system: You are a helpful assistant.
user:
Analyze the provided spectrum to determine if it is a **White Dwarf (WD)**.

A White Dwarf spectrum is defined by its **extreme purity** (due to gravitational settling) and/or **extreme pressure broadening** (due to high surface gravity). You must check for one of the following mutually exclusive signatures:

- **Key Visual Indicators (Check for ONE of these types):**

    - **1. DA-Type Signature (Most Common):**
        - **(Primary Feature):** Extreme pressure broadening (Stark broadening) of the **Hydrogen (H) Balmer lines**.
        - **(Key Lines):** $H\beta$ (approx. $4861$ Å) and $H\gamma$ (approx. $4340$ Å). $H\alpha$ (approx. $6563$ Å) will also be present if the wavelength range covers it.
        - **(Line Profile):** This is the **defining feature**. The lines are **NOT** sharp. They appear as massive, **extremely broad and deep "troughs" or "dips"** in the spectrum, often hundreds of Ångströms wide. The continuum will appear to "scoop" down at these wavelengths.
        - **(Distinction):** Normal A-type or B-type stars have *narrow* and *sharp* Hydrogen lines. A DA White Dwarf's lines are unmistakably "smeared" or "blurry" from pressure.

    - **2. DB-Type Signature:**
        - **(Primary Feature):** Broad absorption lines from **Neutral Helium (He I)**. The spectrum must lack any visible Hydrogen lines.
        - **(Key Lines):** Look for broad absorption near $4471$ Å, $4921$ Å, and $5876$ Å.
        - **(Line Profile):** These lines are also significantly pressure-broadened, appearing much wider than they would in a normal B-type main-sequence star.

    - **3. DC-Type Signature:**
        - **(Primary Feature):** A **featureless continuous spectrum**.
        - **(Line Profile):** The spectrum is a smooth curve with **no significant absorption or emission lines**.
        - **(Key Confirmation):** The continuum is almost always **blue or white**, indicating a hot object. This signature implies the atmosphere is so pure (or so cool) that no spectral lines are visible in the optical range. Its WD identity is confirmed by its extremely low intrinsic brightness (high absolute magnitude).

    - **4. DZ-Type Signature (Metal-Polluted):**
        - **(Primary Feature):** **Isolated, narrow metal absorption lines** on an otherwise featureless (DC-like) continuum.
        - **(Key Lines):** The **Calcium (Ca II) H & K doublet** (approx. **$3934$ Å** and **$3968$ Å**) is the most common and defining feature.
        - **(Line Profile):** These lines are "out of place." They are *not* part of a "forest" of thousands of lines. This signature is evidence of recent *accretion* (pollution) from rocky debris.
        - **(Distinction):** Normal G/K/M stars have a *dense forest* of thousands of metal lines. A DZ has a *clean* continuum with *only a few* strong metal lines.

    - **5. DQ-Type Signature (Carbon-Polluted):**
        - **(Primary Feature):** Absorption bands from **Carbon (C₂ "Swan Bands" or atomic C I)**.
        - **(Key Lines - C₂):** Look for bandheads with a "saw-tooth" shape near $5635$ Å, **$5165$ Å** (strongest), and $4737$ Å.
        - **(Key Confirmation):** The underlying **continuum must be blue or white** (hot).
        - **(Distinction):** This is the critical difference from a **Carbon Star**, which has the *exact same* C₂ bands but on an extremely **red, cool** continuum.

- **(Overall Spectrum):**
    - The continuum (overall shape) is typically **blue-sloping** (brighter in the blue than the red), as most white dwarfs are very hot.
    - The spectrum will look "pure" or "simple," dominated by only *one* of the five signatures listed above.

Think first, call **spectral_visualization_tool** if needed to examine features in detail, then provide your final answer. Your response must adhere to the following strict rules:
1.  **Overall Structure:** Your response must follow the format `<think>...</think> <tool_call>...</tool_call> (if a tool is used) <answer>...</answer>`.
2.  **Tool Usage Constraint:** You may only make **one** tool call per turn.
3.  **Final Answer Format:** In the `<answer>` tag, your conclusion must be inside a `\boxed{}` command (e.g., `\boxed{YES}` or `\boxed{NO}`), followed by your justification.

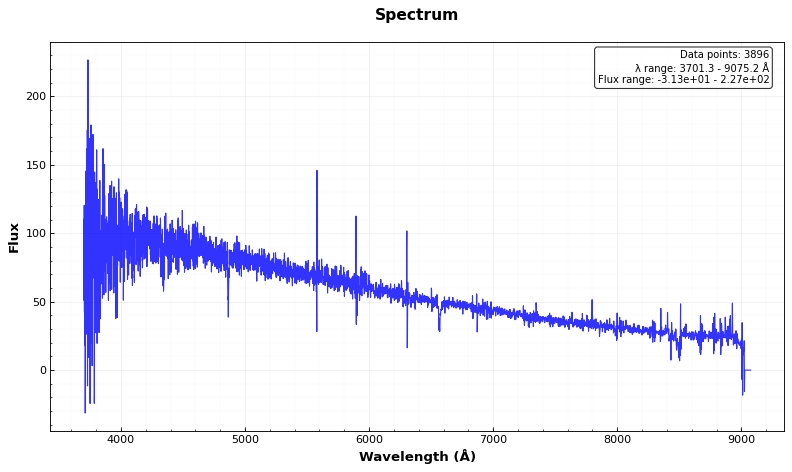
Answer: YES